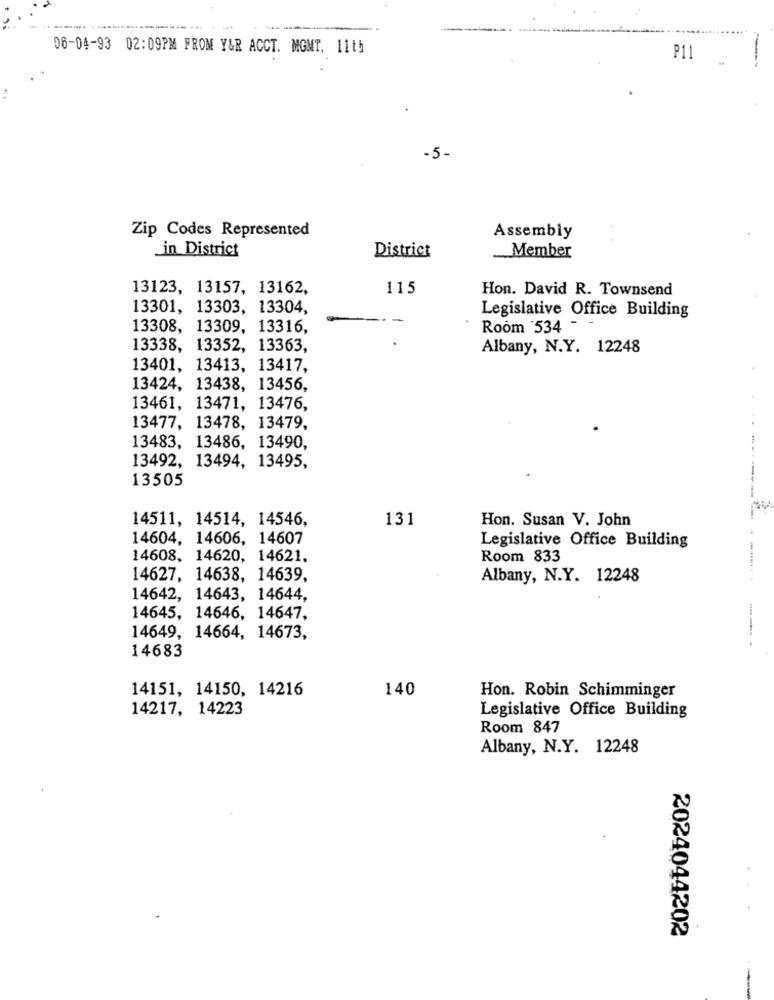
-
- -
06-04-93 02:09PM FROM Y&R ACCT. MGMT. 11th
P11
-5-
Zip Codes Represented
Assembly
in District
Member
District
13123, 13157, 13162,
115
Hon. David R. Townsend
13301, 13303, 13304,
Legislative Office Building
-
13308, 13309, 13316,
Room 534 - -
13338, 13352, 13363,
Albany, N.Y. 12248
13401, 13413, 13417,
13424, 13438, 13456,
13461, 13471, 13476,
13477, 13478, 13479,
13483, 13486, 13490,
13492, 13494, 13495,
13505
14511, 14514, 14546,
131
Hon. Susan V. John
14604, 14606, 14607
Legislative Office Building
14608, 14620, 14621.
Room 833
14627, 14638, 14639,
Albany, N.Y. 12248
14642, 14643, 14644,
14645, 14646, 14647,
14649, 14664, 14673,
14683
14151, 14150, 14216
140
Hon. Robin Schimminger
14217, 14223
Legislative Office Building
Room 847
Albany, N.Y. 12248
2024044202